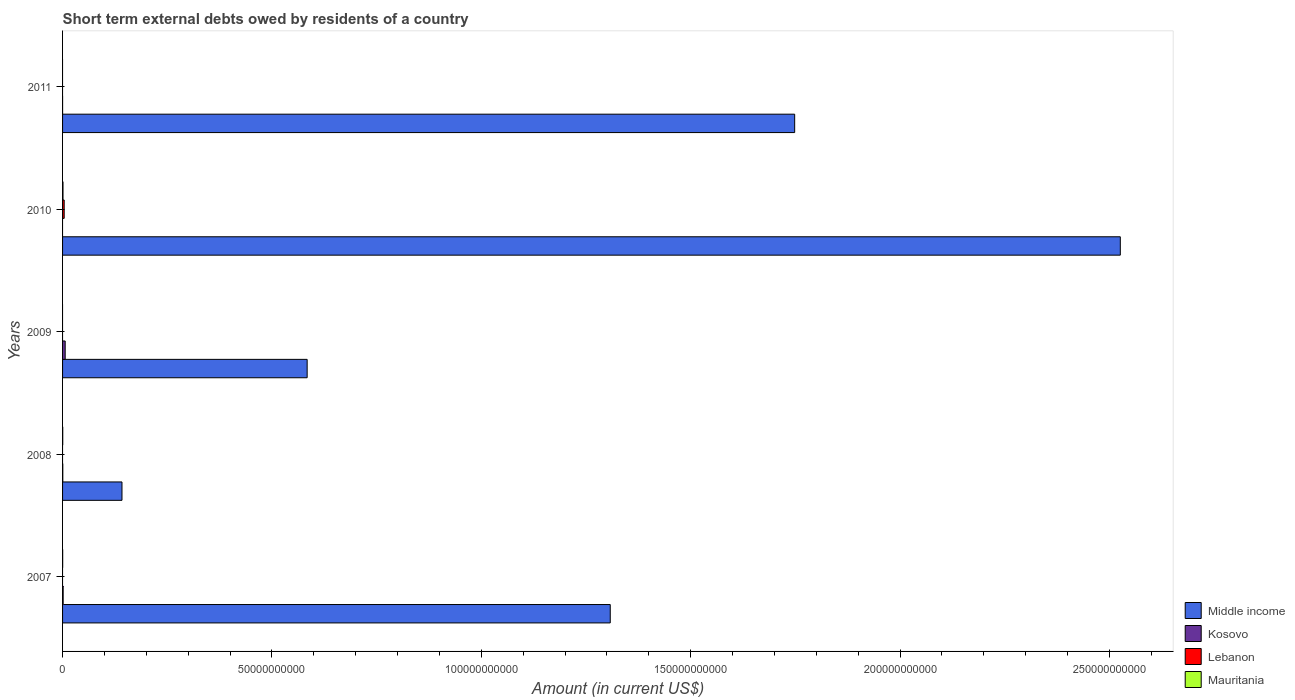
| Years | Middle income | Kosovo | Lebanon | Mauritania |
 | --- | --- | --- | --- | --- |
 | 2007 | 1.31e+11 | 1.41e+08 | -8.2e+07 | 2.7e+07 |
 | 2008 | 1.42e+10 | 5.36e+07 | -9.8e+08 | 4e+07 |
 | 2009 | 5.84e+10 | 6.27e+08 | -4.2e+07 | -1.08e+08 |
 | 2010 | 2.53e+11 | -3.66e+08 | 3.86e+08 | 1.03e+08 |
 | 2011 | 1.75e+11 | 1.26e+06 | -1.71e+08 | -8.7e+07 |